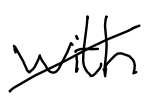
Text: with
Cross-out: diagonal
Writing tool: digital_black